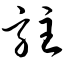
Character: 驻